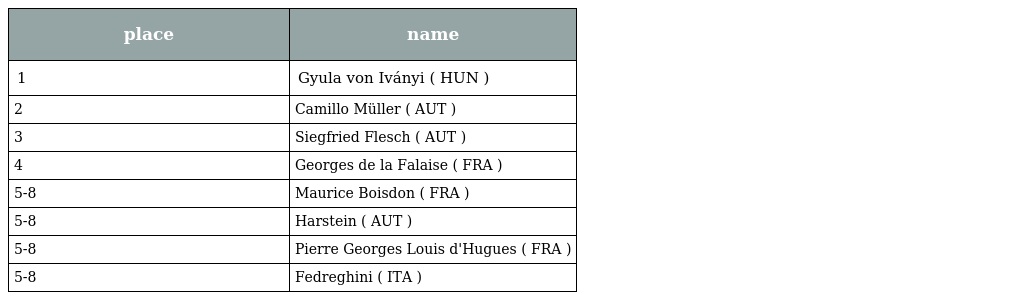
| place | name |
 | --- | --- |
 | 1 | Gyula von Iványi ( HUN ) |
 | 2 | Camillo Müller ( AUT ) |
 | 3 | Siegfried Flesch ( AUT ) |
 | 4 | Georges de la Falaise ( FRA ) |
 | 5-8 | Maurice Boisdon ( FRA ) |
 | 5-8 | Harstein ( AUT ) |
 | 5-8 | Pierre Georges Louis d'Hugues ( FRA ) |
 | 5-8 | Fedreghini ( ITA ) |